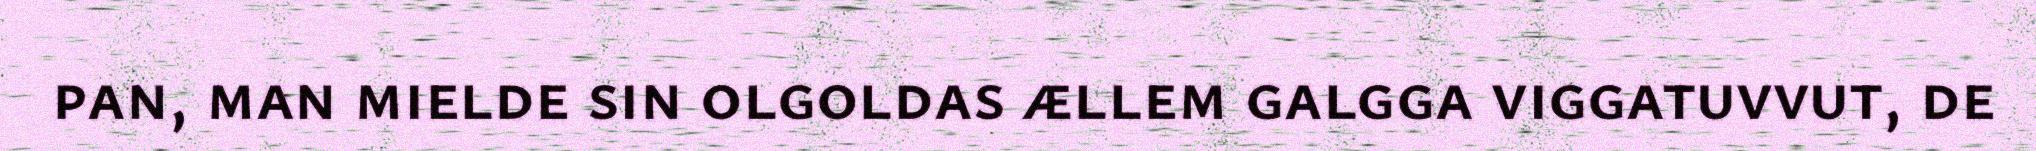
pan, man mielde sin olgoldas ællem galgga viggatuvvut, de